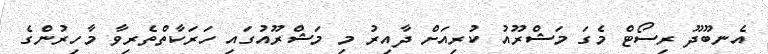
އެނބޫދޫ ރިސޯޓް މެގަ މަޝްރޫއު ކުރިއަށް ދާއިރު މި މަޝްރޫއުގައި ހަރަކާތްތެރިވާ މާހިރުންގެ